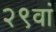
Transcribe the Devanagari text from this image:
२९वां